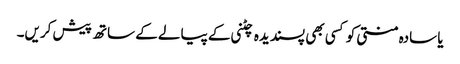
یا سادہ منتی کو کسی بھی پسندیدہ چٹنی کے پیالے کے ساتھ پیش کریں۔